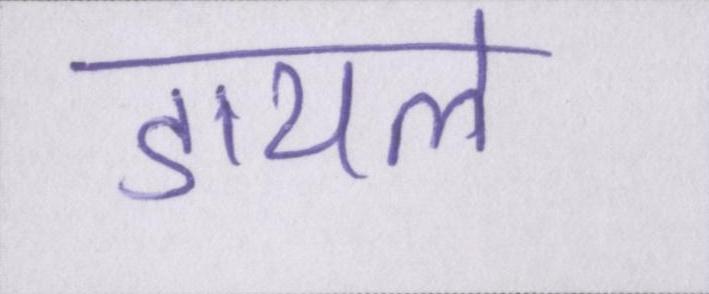
डायल